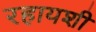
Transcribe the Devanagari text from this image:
रहायशी